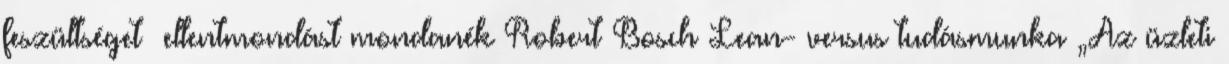
feszültséget ellentmondást mondanék Robert Bosch Lean- versus tudásmunka „Az üzleti